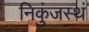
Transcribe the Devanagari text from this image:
निकुंजस्थं